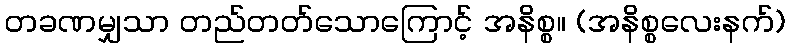
တခဏမျှသာ တည်တတ်သောကြောင့် အနိစ္စ။ (အနိစ္စလေးနက်)